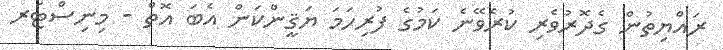
ރައްޔިތުން ގެދޮރުވެރި ކުރެވޭނެ ކަމުގެ ފުރިހަމަ ޔަޤީންކަން އެބަ އޮތް - މިނިސްޓަރ